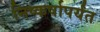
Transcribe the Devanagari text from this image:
निष्कर्षापर्यंत